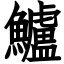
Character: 鱸